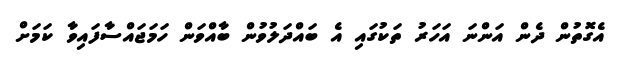
އެގޮތުން ދެން އަންނަ އަހަރު ތަކުގައި އެ ބައްދަލުވުން ބާއްވަން ހަމަޖައްސާފައިވާ ކަމަށް